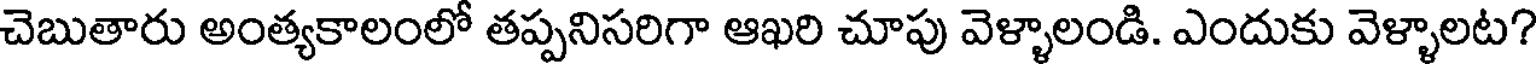
చెబుతారు అంత్యకాలంలో తప్పనిసరిగా ఆఖరి చూపు వెళ్ళాలండి. ఎందుకు వెళ్ళాలట?